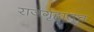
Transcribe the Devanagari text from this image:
राजगृहातच